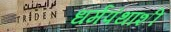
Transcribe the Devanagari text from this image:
धर्मपंथांशी